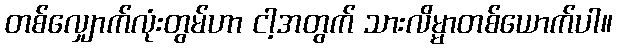
တစ်လျှောက်လုံးတွမ်ဟာ ငါ့အတွက် သားလိမ္မာတစ်ယောက်ပါ။